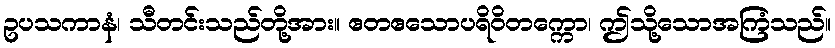
ဥပသကာနံ၊ သီတင်းသည်တို့အား။ ဧတဧသောပရိဝိတက္ကော၊ ဤသို့သောအကြံသည်။